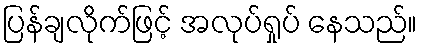
ပြန်ချလိုက်ဖြင့် အလုပ်ရှုပ် နေသည်။